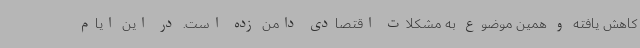
کاهش یافته و همین موضوع به مشکلات اقتصادی دامن زده است. در این ایام